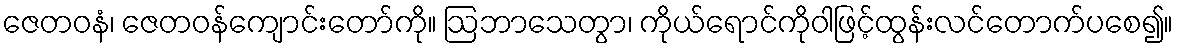
ဇေတဝနံ၊ ဇေတဝန်ကျောင်းတော်ကို။ ဩဘာသေတွာ၊ ကိုယ်ရောင်ကိုဝါဖြင့်ထွန်းလင်တောက်ပစေ၍။